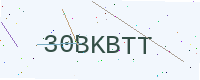
Text: 30BKBTT